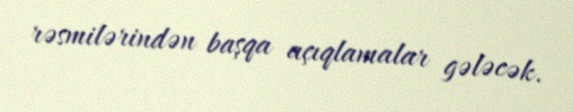
rəsmilərindən başqa açıqlamalar gələcək.